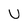
Character: U